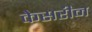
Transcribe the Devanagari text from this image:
केसरीन